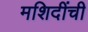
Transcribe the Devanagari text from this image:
मशिदींची